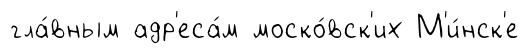
гла́вным адр'еса́м моско́вск'их М'и́нск'е